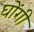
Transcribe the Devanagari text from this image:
घोंगी